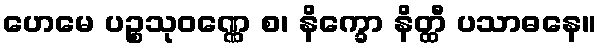
ဟေမေ ပဉ္စသုဝဏ္ဏေ စ၊ နိက္ခော နိတ္ထီ ပသာဓနေ။